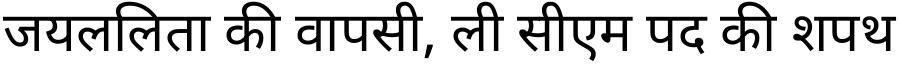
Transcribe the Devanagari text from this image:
जयललिता की वापसी, ली सीएम पद की शपथ